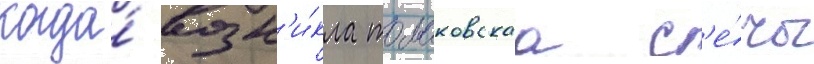
когда́ возн'и́кла томаковскаа с'е́чь